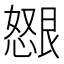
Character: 𫻂